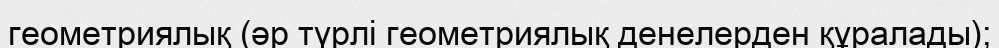
геометриялық (әр түрлі геометриялық денелерден құралады);